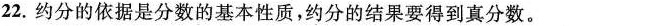
22.约分的依据是分数的基本性质，约分的结果要得到真分数。